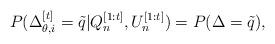
LaTeX: \begin{align*} P(\Delta_{\theta,i}^{[t]}=\tilde{q}|Q_n^{[1:t]},U_n^{[1:t]})=P(\Delta=\tilde{q}),\end{align*}